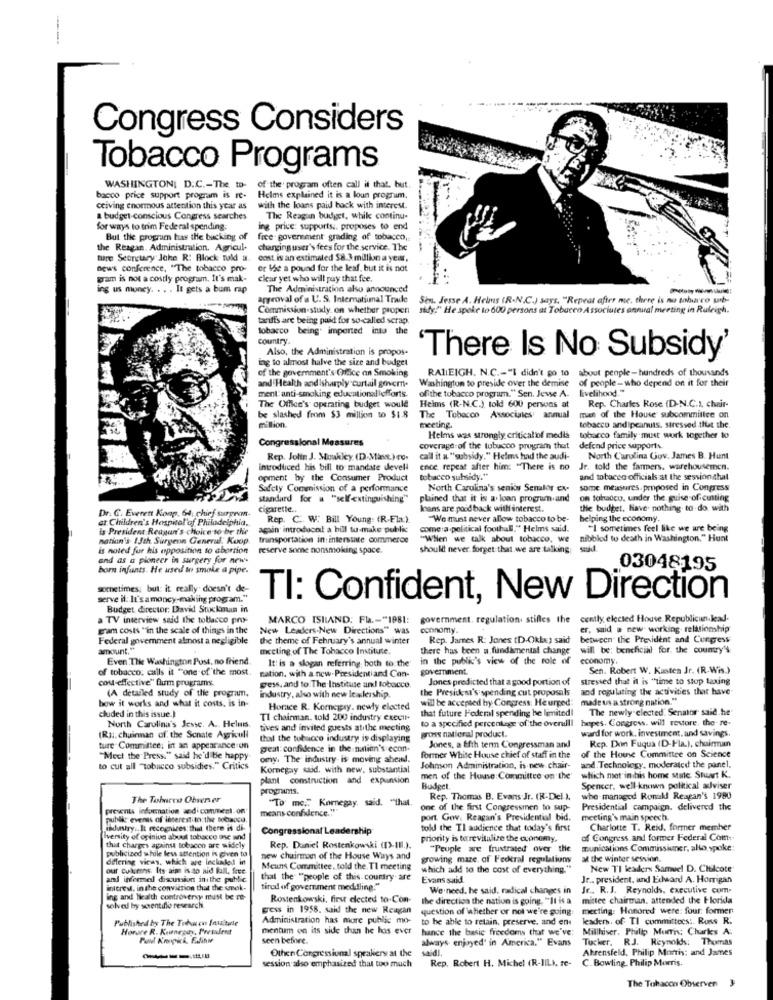
Congress Considers
Tobacco Programs
WASHINGTON, D.C .- The. to-
of the program often call it that. but.
bacco price support program is re-
Helms explained it is a loun program.
cciving enormous attention this year as
with the loans paid back with interest.
a budget-conscious Congress searches
The Reagan budget, whik continu-
for ways to trim Federal spending:
ing price: supports :, proposes to end
But the program has the bucking of
free- government grading of tobacco,
the Reagan, Administration. Agricul-
charging user's fees for the service. The
ture Seoretry Joke R: Block wald a.
cost is an estimated S8. 3 million a year,
news conference, "The tobacco pro-
or te a pound for the leaf, but it is not
gram is not a costly program. It's mak-
clear yet who will pay that fee.
ing us money. . . . It gets a bum rap
The Administration also announced
approval of a U. S. International Trade
Sin. Jesse A. Helms (R.N.C.J says, "Repeat after me, there is no toburro wsb-
Commission study. on whether properi
sidy!" He spoke to 600 persons at Tobacco Associates annual meeting in Ruleigh.
tariffs are being paid for so called scrap
tobacco being. imported into the
country.
Also, the Administration is propos-
ing to almost halve the size and budget
'There Is No Subsidy'
of the government's Office an Smoking
RALEIGH. N.C .- "I didn't go to about people-hundreds of thousands
and Health and isharply curtail govern.
Washington to presue over the demise
of people-who depend on it for their
ment: anti-smoking educationaliefforts.
livelihood."
ofithe tobacco program." Sen. Jevse A.
The Offlee's operating budget would
Helms (R-N.C.), told 600 persons at
Rep. Charles Rose (D-N.C.I, chair-
be slashed from $3 million to $1.8
The Tobacco
Associates annual
men of the House subcommittee on
milion.
meeting.
tobacco andipeanuts. stressed thut the.
Congressional Measures
Helms was strongly criticalof media
tobacco family must work together to
coverage of the tubucco program that
defend price supports.
Rep. Jolin J. Moukky (D.Mais) co.
call it a "subsidy." Helms had the audi-
North Carolina Gov. James B. Hunt
introduced his bill to mandate devell
ence repeat after him: "There is no
Jr. told the farmers, warehousemen.
opment by the Consumer Product
tobacco subsidy."
and tobacco officials at the session that
Safety Commission of a performance
North Carolina's senior Semlor ex-
some measures. proposed in Congress
standard for . "self-extinguishing"
plained that it is a. loan program and
on tolaccu, under the guise of cutting
cigarette ..
Inans are pood back with interest.
the budget, Have nothing. to-do with
Dr. C. Everett Konp. 64, chief surgeon.
at Children's Hospital of Philadelphia,
Rep. C. W. Bill Young: (R.Ela)
We must never allow tobacco to be-
helping the economy.
is President Reagan's choice to be the
again introduce a bill to make public
come:a political football," Helms said.
"I sometimes feel like we are being
nation's 1Jth Surgeon General. Kuop
transportation in interstate commerce
"When we talk about tobacco, we
nibblod to death in Washington." Hunt
is noted fur his opposition to abortion
reserve some nonsmoking space.
should never forget that.we are talking
and as a pioneer in surgery for new-
born infants. He used in smoke a pipe.
03048195
sometimes; but: it really doesn't de-
serve il: It's amoney-making program."
TI: Confident, New Direction
Budget director: David Stockman in
a TV interview said the tobacco pry-
MARCO ISILAND: Fla .- "1981:
government. regulation. stilles the
government. regulation. stilles the cently elected House. Republicun.kad.
cently elected House. Republicun.lead-
gram costs "in the scale of things in the
New Leaders.New Directions" was
economy.
er, said a new- working relationship
Federal government almost a negligible
the theme of February's annual winter
Rep. James R: Jones (D.OkLe) said
between the President and Congress
amount.".
meeting of The Tobacco Institute.
there has been a fundamental change will be: beneficial for. the country's
Even The Washington Post, no friend
It! is a slogan referring; both to the
in the public's view of the role of
economy.
of tobacco: calls it "one of the most.
nation. with a new-Presidentiand Con-
government.
Sen. Robert W. Kunsten Jr. (R.Wis.)
cost-effective" fum programs
Jones predicted that a good portion of
stressed that it is "time to stop taxing
(A detailed study of the program.
gess, and to The Institute and tobacco.
the President's spending cut proposals
and regulating the activities that have-
how it works and what it costs, is in-
industry, also with new leadership.
wil be accepted by Congress. He urged:
made us a strong nation."
cluded in this issue.)
Horace R. Komegry. newly elected
that future Federal spending be limited
The newly elected. Senator said he
North Carolina's Jesse. A. Helmis
TI chairman. told 200 industry execut.
to a specified percentage of the overall
hopes. Congress. will restore, the re-
tives and invited guests atıthe mecting
ward for work. investment. and savings.
(Ru :. chairman of the Senate Agricull
that the tobacco industry is displaying
gross natioral product.
Rep. Don Fuqua (D-Fla.), chairman
ture Commitee: int an appearance on
geat confidence in the nation's econ-
Jones, a fifth ten Congressman and
"Meet the Press." said he'd be happy
omy. The industry is moving ahead.
former White House chief of staff in the
of the House Committee on Science
to cut all "tobacco subsidies." Critics
Komegay said, with new, substantial
Johnson Administration, is new chair-
and. Technology. moderated the panel.
plant construction and expansion
men of the House: Committee on the'
which mot in his home state Stuart K.
programs.
Budget.
Spencer. well-known political adviser
The Tohorew Observer
"To me" Koregay, said. "that.
Rep. Thomas B. Evans Jr. (R-Del. ).
whe-managed Ronald Reagan's 1980
presents information and comment on
means confidence.""
one of the first Congressmen to sup-
Presidential campaign. delivered the
public evenas of interest to:the tobacco.
port. Gov. Reagan's Presidential bid.
meeting's main speech.
industry .. It recognizes; that there is di-
Congressional Leadership
told the TI audience that today's first
Charlotte T. Reid, former member
Iversity of opiniun about tobacco the wind
priority is torevitalize the economy,
of Congress and former Federal Com
publicized while less attention is given to
that charges against tobacon are widely
Rep. Daniel Rostenkowski ([>-(Il.).
"Peuple are frustrated over the
munications Commissiuner, alto spoke:
differing vicas, which are inchaled in
new chairman of the House Ways and
growing maze. of Federal regulations
al the winter session.
our cularens. Its aim is to aid fall, free.
Meuns Committee, told the. Tl meeting
which add to the cost of everything."
New T'I leaders Samuel D. Cielcote
and informal discussion inithe public
that the "people of this country are
Evans said
Jr .. president, and Edward A. Horrigan
interest, in the conviction that the sek-
tired of government meddling."
We'need, he said, radical changes in
Jr .. R. J. Reynolds, executive com-
ing and health controversy must be re-
Rostenkowski, first elected to Con-
the direction the nation is going. "It is a
mittee chairman. attended the Florida
solved by scientiflo research.
gess in 1958. said the new Reagan
question of whether or not we're going:
meeting: Honored were: four: former
Published by The Tobacco Inutile
Administration has more public mo-
to be able to retain, preserve, and en
leader. of TI committees :. Runs R.
Horore R. Kunnegay, President
mentum on its side thun he has ever
hance the basic freedoms that we've:
Millhiser, Philip Morris: Churks A.
seen before.
always enjoyed' in America." Evans
Tucker. RJ. Reynolds; Thomas
Other Congressional speakers at the
saidi.
Ahrensfeld, Philip Morris: and James
Rep. Robert H. Michel (R-JILI, re-
C. Bowling. Philip Morris.
session also emphasized that too much
The Tobacco Observen